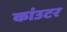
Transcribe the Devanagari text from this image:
कांउटर